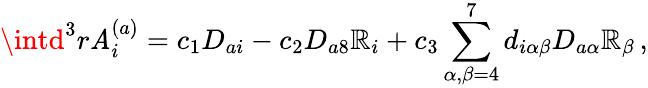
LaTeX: \intd^{3}r\mathit{A}_{i}^{(a)}=c_{1}D_{ai}-c_{2}D_{a8}\mathbb{R}_{i}+c_{3}\sum_{\alpha,\beta=4}^{7}d_{i\alpha\beta}D_{a\alpha}\mathbb{R}_{\beta}\, ,